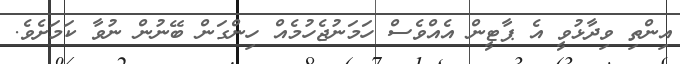
އިންތި ވިދާޅުވީ އެ ޕާޓީން އެއްވެސް ހަމަނުޖެހުމެއް ހިންގަން ބޭނުން ނުވާ ކަމަށެވެ.